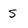
Character: S